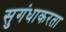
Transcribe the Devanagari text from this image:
सुगंधाकरता